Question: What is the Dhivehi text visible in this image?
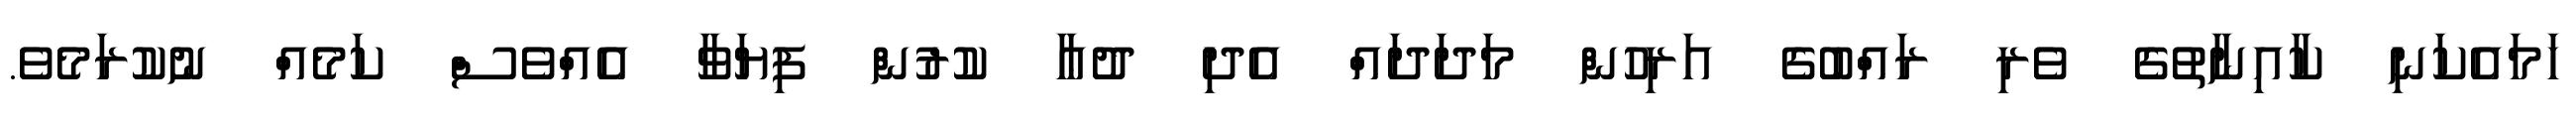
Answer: ހަމައެކަނި ކާއިނާތުގެ ވެރި ރައްބުގެ އަރިހުން މަދަދައް އެދި ދުޢާ ކުރުން ފިޔަވާ އެއްވެސް ކަމެއް ނުކުރަމެވެ.